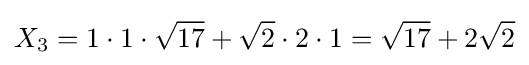
X_{3}=1\cdot 1\cdot {\sqrt {17}}+{\sqrt {2}}\cdot 2\cdot 1={\sqrt {17}}+2{\sqrt {2}}